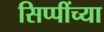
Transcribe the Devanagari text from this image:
सिप्पींच्या